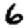
Digit: 6